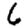
Digit: 6